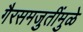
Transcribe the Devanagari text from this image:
गैरसमजुतींमुळे